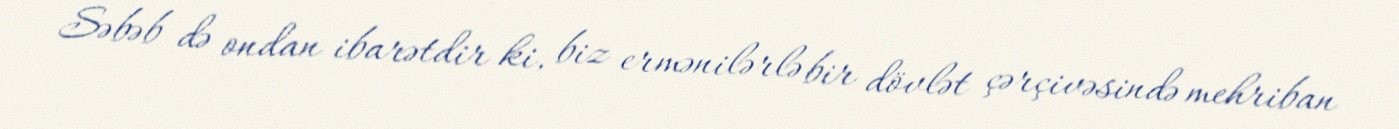
Səbəb də ondan ibarətdir ki, biz ermənilərlə bir dövlət çərçivəsində mehriban